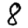
Digit: 8